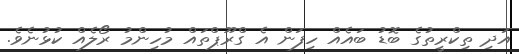
އަދި ތިކްރީތުގެ ބޮޑު ބައެއް ހިފަން އެ ގްރޫޕްތައް މުހިންމު ރޯލެއް ކުޅުނެވެ.